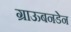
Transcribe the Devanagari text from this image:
ग्राऊबनडेन